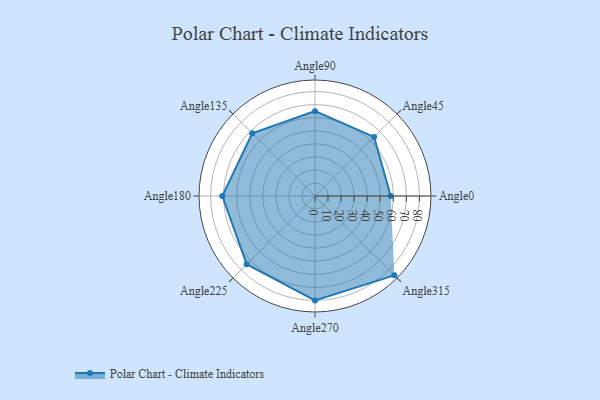
{"axis": {"x": "Angle", "y": "Radius"}, "legend": [""], "data": [{"x": "Angle0", "y": 58.0, "type": ""}, {"x": "Angle45", "y": 64.0, "type": ""}, {"x": "Angle90", "y": 65.0, "type": ""}, {"x": "Angle135", "y": 68.0, "type": ""}, {"x": "Angle180", "y": 71.0, "type": ""}, {"x": "Angle225", "y": 74.0, "type": ""}, {"x": "Angle270", "y": 80.0, "type": ""}, {"x": "Angle315", "y": 86.0, "type": ""}]}